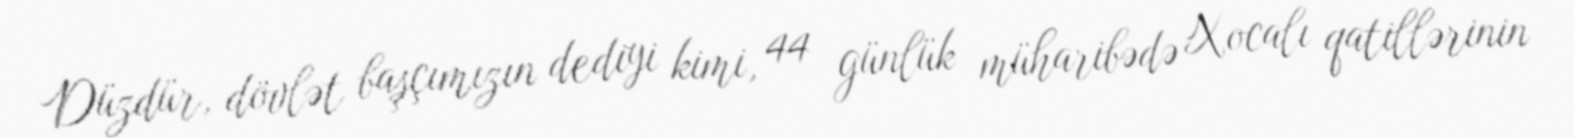
Düzdür, dövlət başçımızın dediyi kimi, 44 günlük müharibədə Xocalı qatillərinin